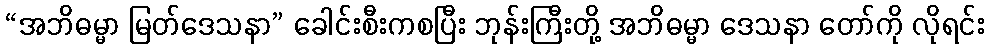
“အဘိဓမ္မာ မြတ်ဒေသနာ” ခေါင်းစီးကစပြီး ဘုန်းကြီးတို့ အဘိဓမ္မာ ဒေသနာ တော်ကို လိုရင်း